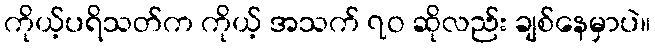
ကိုယ့်ပရိသတ်က ကိုယ့် အသက် ၇ဝ ဆိုလည်း ချစ်နေမှာပဲ။